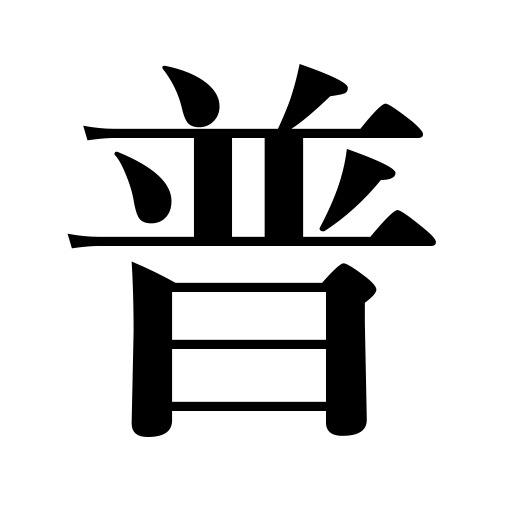
Meanings: generally,widely